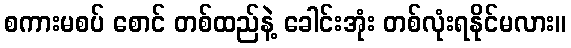
စကားမစပ် စောင် တစ်ထည်နဲ့ ခေါင်းအုံး တစ်လုံးရနိုင်မလား။